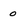
Character: 0